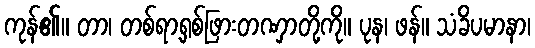
ကုန်၏။ တာ၊ တစ်ရာ့ရှစ်ဖြားတဏှာတို့ကို။ ပုန၊ ဖန်။ သံခိပမာနာ၊